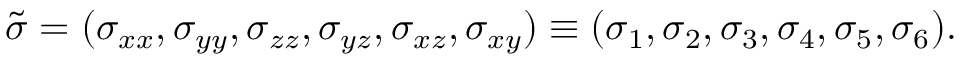
{ \tilde { \sigma } } = ( \sigma _ { x x } , \sigma _ { y y } , \sigma _ { z z } , \sigma _ { y z } , \sigma _ { x z } , \sigma _ { x y } ) \equiv ( \sigma _ { 1 } , \sigma _ { 2 } , \sigma _ { 3 } , \sigma _ { 4 } , \sigma _ { 5 } , \sigma _ { 6 } ) .